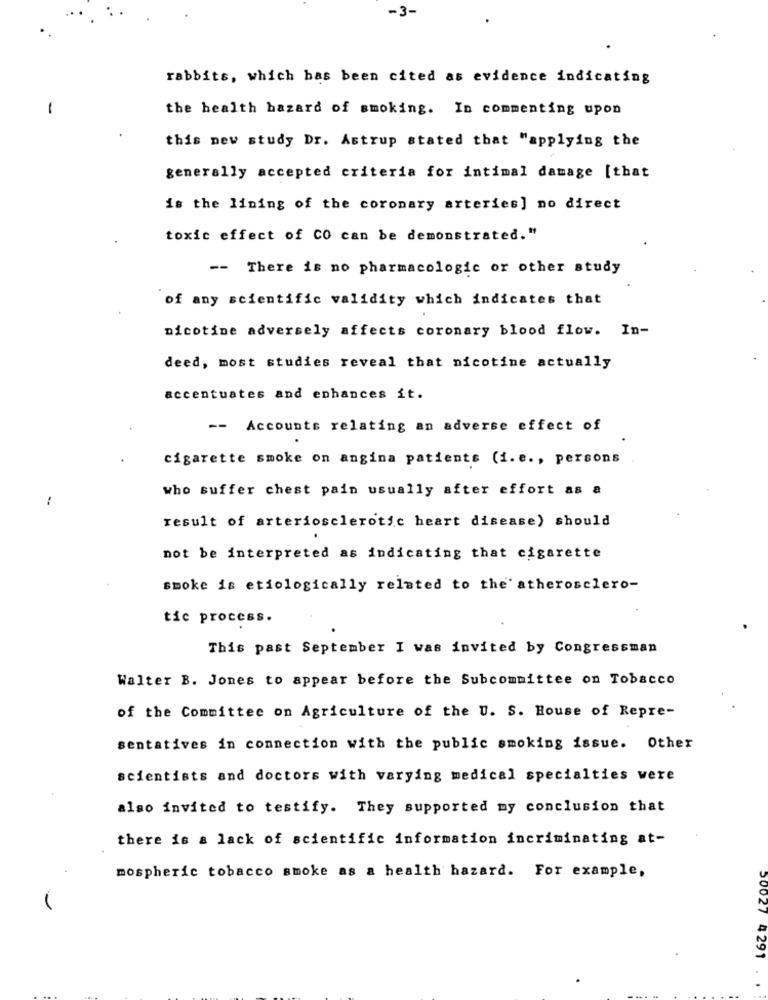
-3-
rabbits, which has been cited as evidence indicating
1
the health hazard of smoking. In commenting upon
this new study Dr. Astrup stated that "applying the
generally accepted criteria for intimal damage [that
is the lining of the coronary arteries] no direct
toxic effect of CO can be demonstrated."
-- There is no pharmacologic or other study
of any scientific validity which indicates that
nicotine adversely affects coronary blood flow. In-
deed, most studies reveal that nicotine actually
accentuates and enhances it.
-- Accounts relating an adverse effect of
cigarette smoke on angina patients (i.e ., persons
who suffer chest pain usually after effort as a
:
result of arteriosclerotic heart disease) should
not be interpreted as indicating that cigarette
smoke is etiologically related to the' atherosclero-
tic process.
This past September I was invited by Congressman
Walter B. Jones to appear before the Subcommittee on Tobacco
of the Committee on Agriculture of the U. S. House of Repre-
sentatives in connection with the public smoking issue. Other
scientists and doctors with varying medical specialties were
also invited to testify. They supported my conclusion that
there is a lack of scientific information incriminating at-
mospheric tobacco smoke as a health hazard. For example,
30027 4291
..